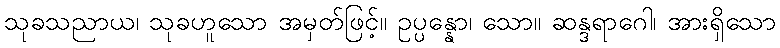
သုခသညာယ၊ သုခဟူသော အမှတ်ဖြင့်။ ဥပ္ပန္နော၊ သော။ ဆန္ဒရာဂေါ၊ အားရှိသော